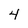
Character: 4